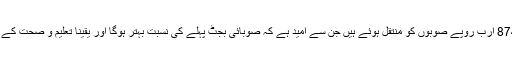
این ایف سی (NFC) ایوارڈ کے تحت دو ہزار 874 ارب روپے صوبوں کو منتقل ہوئے ہیں جن سے امید ہے کہ صوبائی بجٹ پہلے کی نسبت بہتر ہوگا اور یقیناً تعلیم و صحت کے معاملے میں حکومت سنجیدگی سے سوچے گی۔